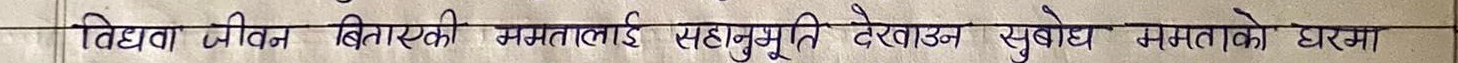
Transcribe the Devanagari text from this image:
बिधवा, जीवन बिताएकी ममतालाई सहानुभूति देखाउन सुबोध ममताको घरमा